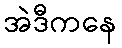
အဲဒီကနေ